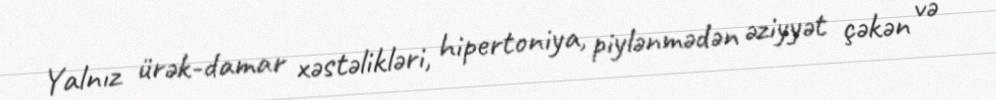
Yalnız ürək-damar xəstəlikləri, hipertoniya, piylənmədən əziyyət çəkən və